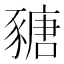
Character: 𧱵